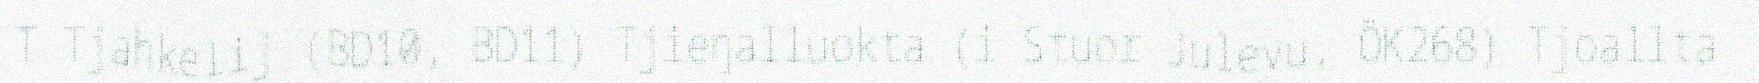
T Tjahkelij (BD10, BD11) Tjieŋalluokta (i Stuor Julevu, ÖK268) Tjoallta